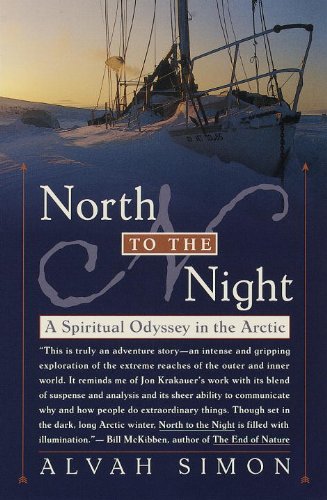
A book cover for North to the Night: A Spiritual Odyssey in the Arctic; Alvah Simon; Travel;